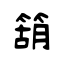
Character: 箶